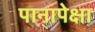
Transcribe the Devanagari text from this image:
पानापेक्षा